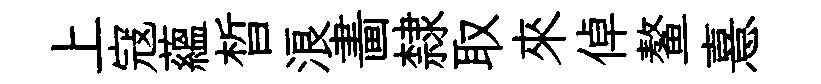
上寇藴晳浪畵隸取來倬鳌憙